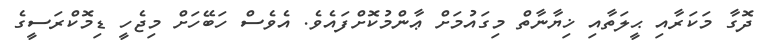
ދޮގާ މަކަރާއި ޙީލަތާއި ޚިޔާނާތް މިގައުމަށް ޢާންމުކޮށްފައެވެ. އެވެސް ހަބޭހަށް މިޖެހީ ޑިމޮކްރަސީގެ